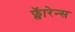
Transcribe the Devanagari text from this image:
फ्लॅारेन्स